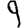
Digit: 9